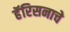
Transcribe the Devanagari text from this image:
हॅरिसनाचे